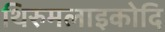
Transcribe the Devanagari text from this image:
थिरुमलाइकोदि